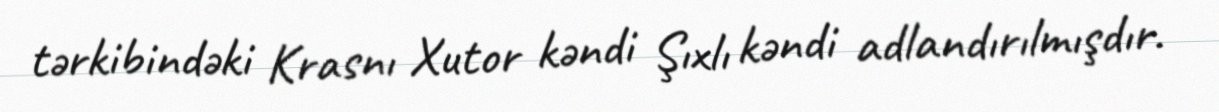
tərkibindəki Krasnı Xutor kəndi Şıxlı kəndi adlandırılmışdır.